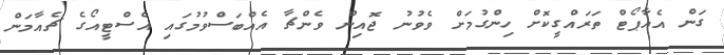
ގަން އެއާޕޯޓް ތަރައްގީކޮށް ހިންގުމަށް ވެވުނު ޖޮއިން ވެންޗާ އެއްބަސްވުމުގައި އެސްޓީއޯގެ ޗެއާމަން